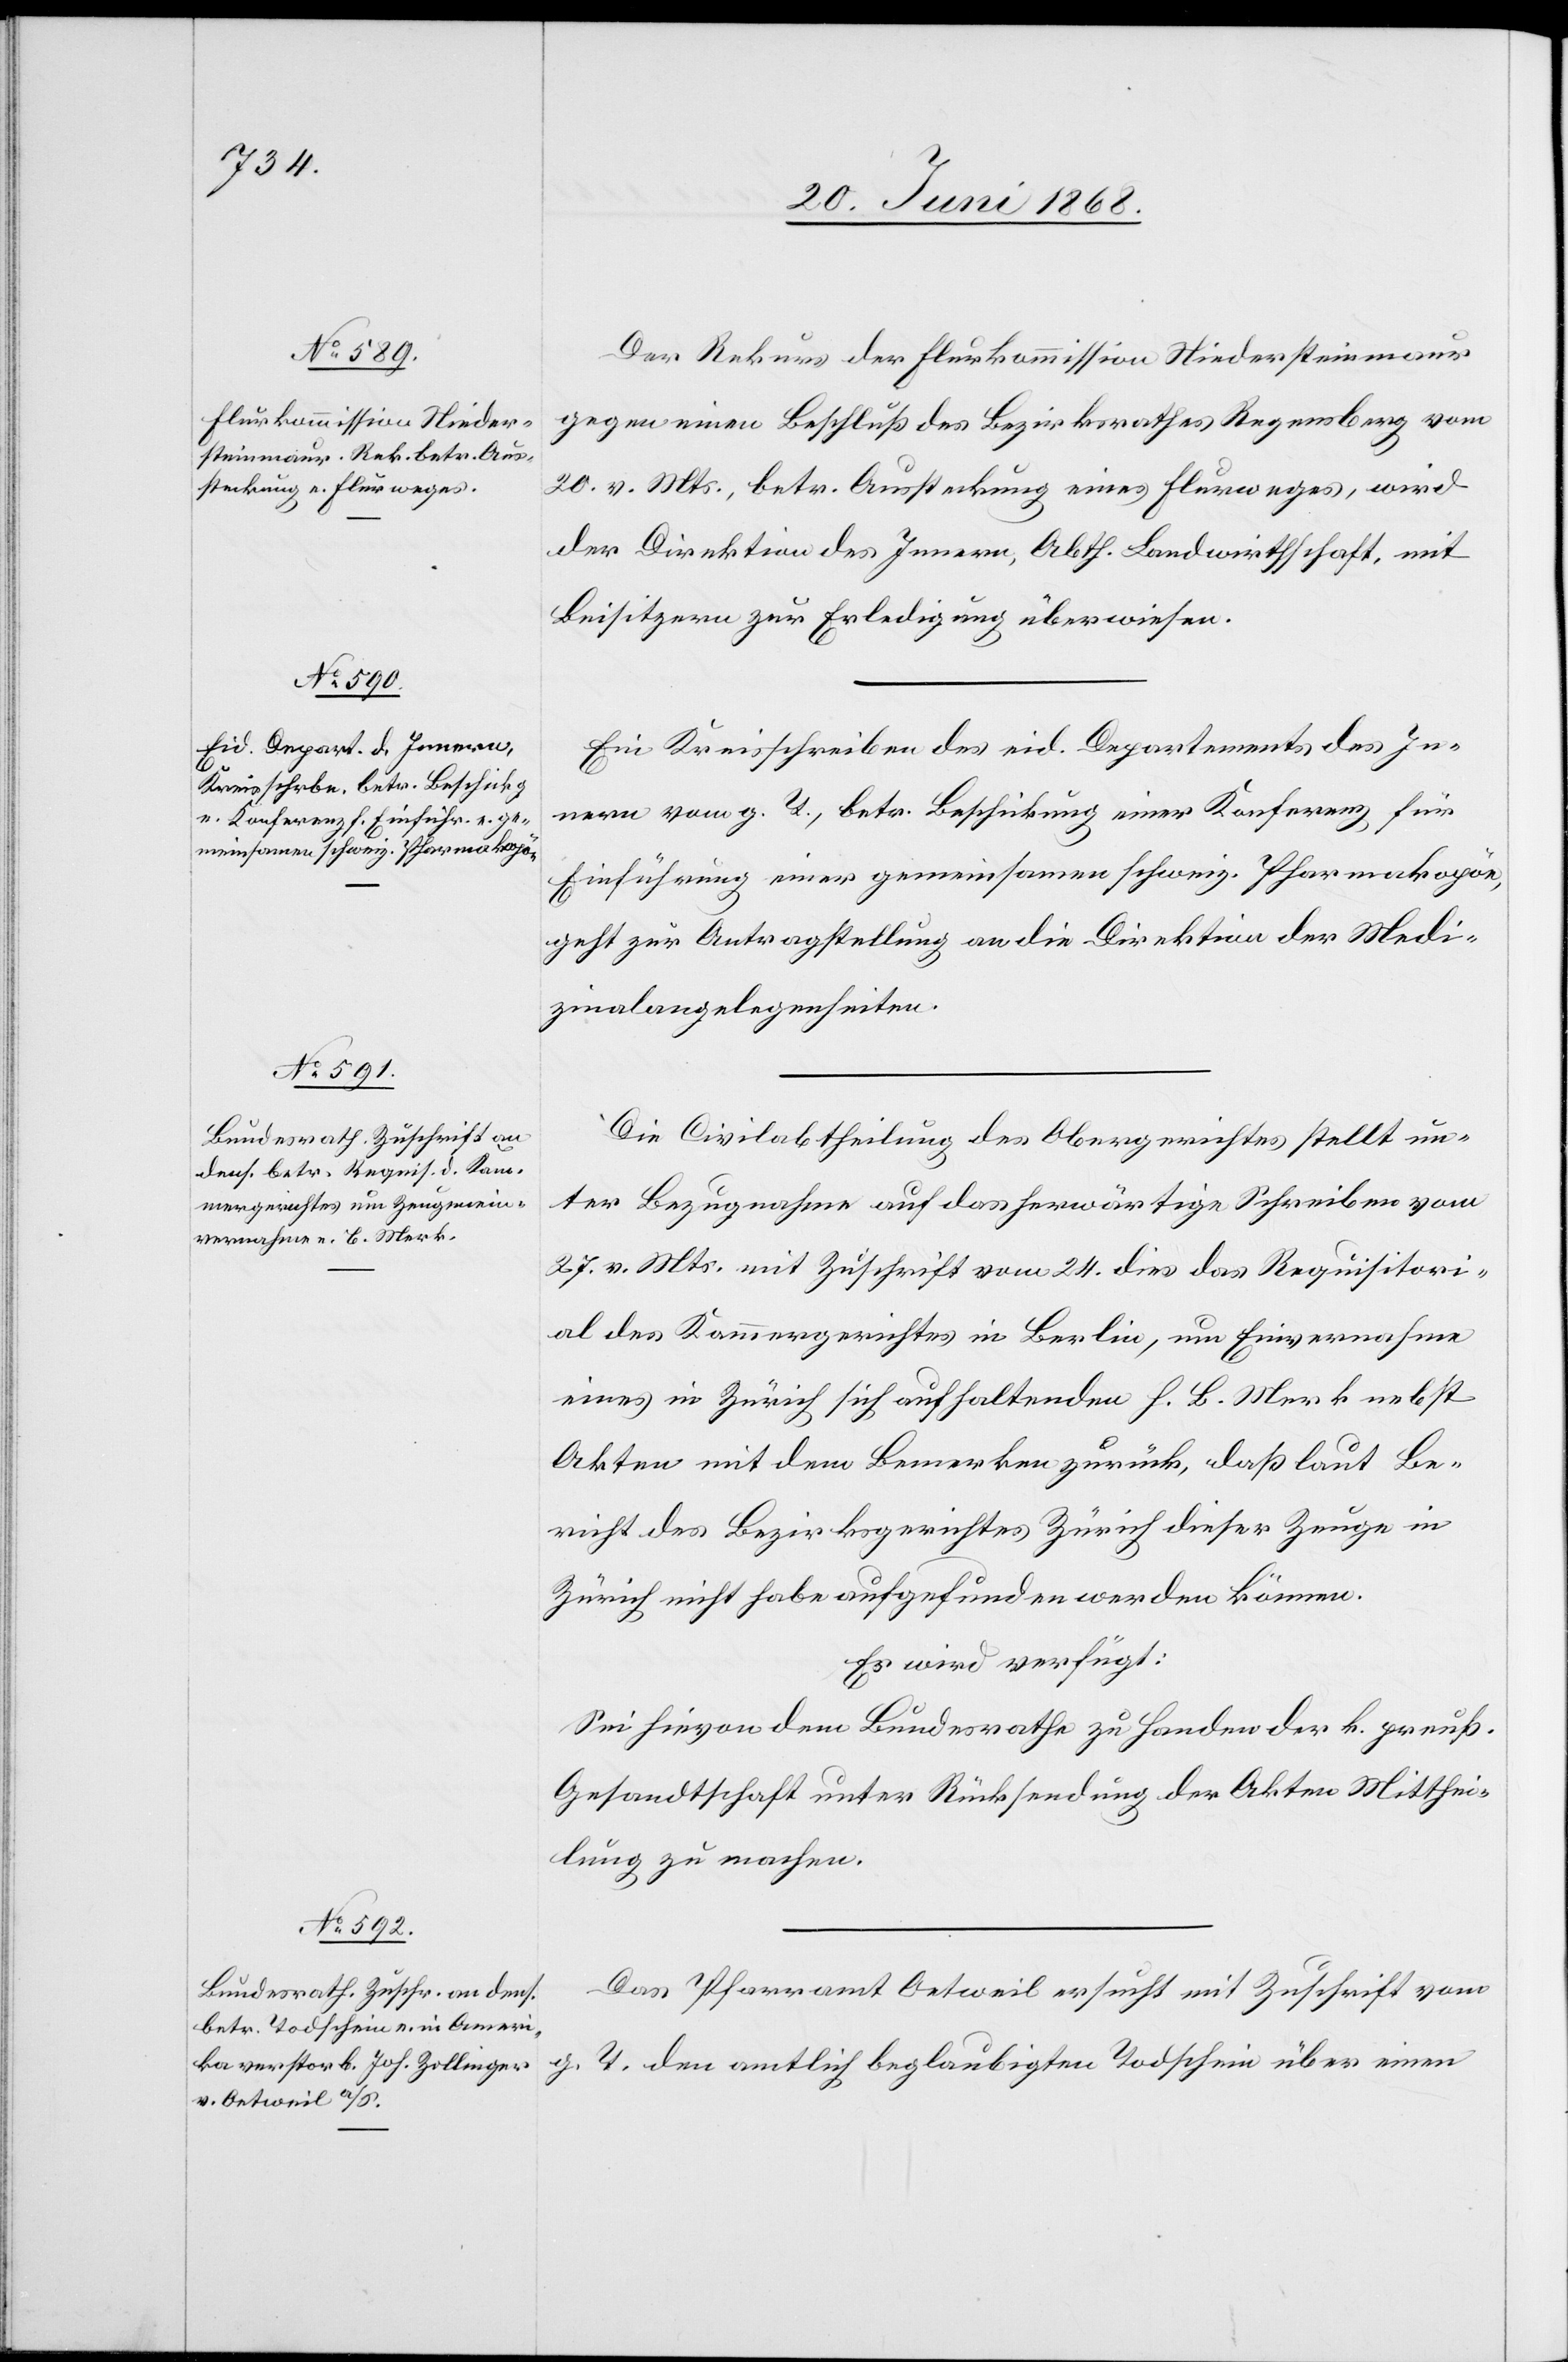
26. Juni 1868.]
Der Rekurs der Flurkommission Niedersteinmaur
gegen einen Beschluß des Bezirksrathes Regensberg vom
20. v. Mts., betr. Aussteckung eines Flurweges, wird
der Direktion des Innern, Abth. Landwirthschaft, mit
Beisitzern zur Erledigung überwiesen.
Ein Kreisschreiben des eid. Departements des In¬
nern vom g. T., betr. Beschickung einer Konferenz für
Einführung einer gemeinsamen schweiz. Pharmakopöe,
geht zur Antragstellung an die Direktion der Medi¬
zinalangelegenheiten.
Die Civilabtheilung des Obergerichtes stellt un¬
ter Bezugnahme auf das herwärtige Schreiben vom
27. v. Mts. mit Zuschrift vom 24. dies das Requisitori¬
al des Kammergerichtes in Berlin, um Einvernahme
eines in Zürich sich aufhaltenden H. B. Merk nebst
Akten mit dem Bemerken zurück, daß laut Be¬
richt des Bezirksgerichtes Zürich dieser Zeuge in
Zürich nicht habe aufgefunden werden können.
Es wird verfügt:
Sei hievon dem Bundesrathe zu Handen der k. preuß.
Gesandtschaft unter Rücksendung der Akten Mitthei¬
lung zu machen.
Das Pfarramt Oetweil ersucht mit Zuschrift vom
g. T. den amtlich beglaubigten Todschein über einen